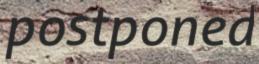
postponed